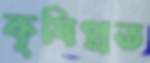
কৃষিপ্রত